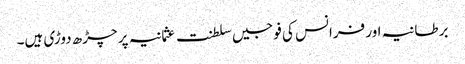
برطانیہ اور فرانس کی فوجیں سلطنت عثمانیہ پر چڑھ دوڑی ہیں۔